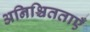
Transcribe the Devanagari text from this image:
अनिश्चितताएँ